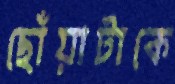
ছোঁয়াটাকে